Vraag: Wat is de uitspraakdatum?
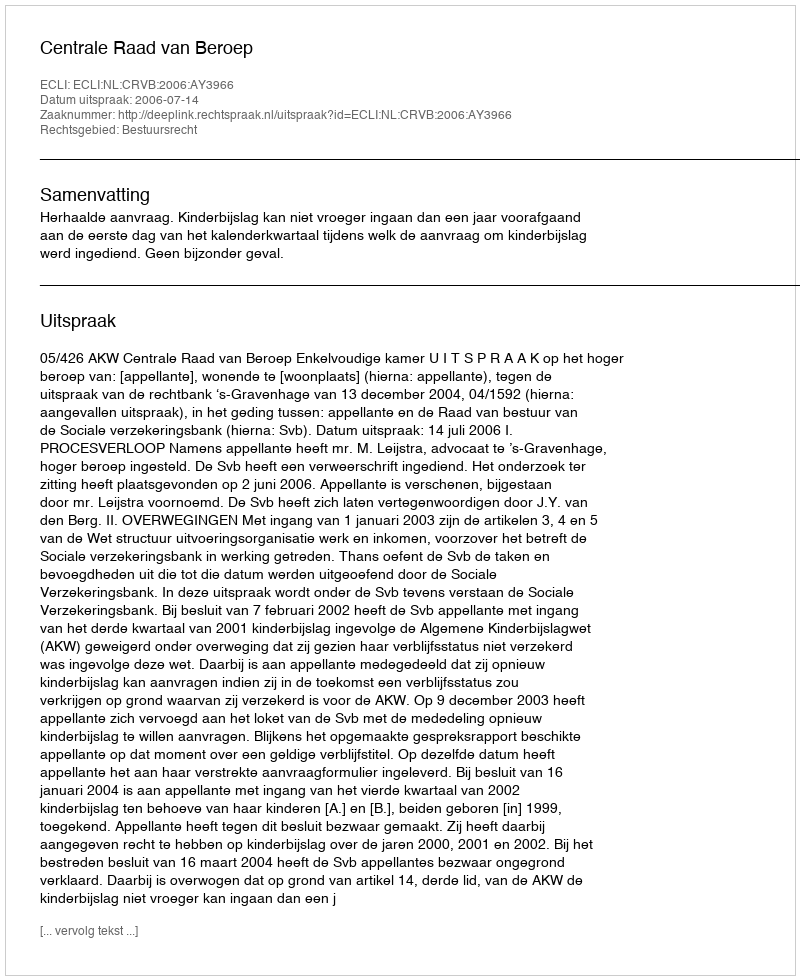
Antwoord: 2006-07-14